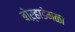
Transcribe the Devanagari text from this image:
बोऱ्हाडेमळा